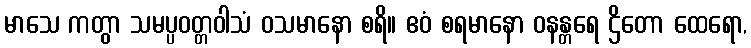
မာသေ ကတွာ သမပ္ပဝတ္တဝါသံ ဝသမာနော စရိ။ ဧဝံ စရမာနော ဝနန္တရေ ဌိတော ထေရော,